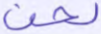
لحن